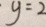
y = 2